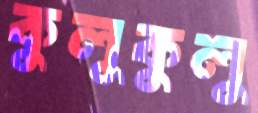
কুলুকুলু